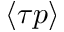
\langle \tau p \rangle